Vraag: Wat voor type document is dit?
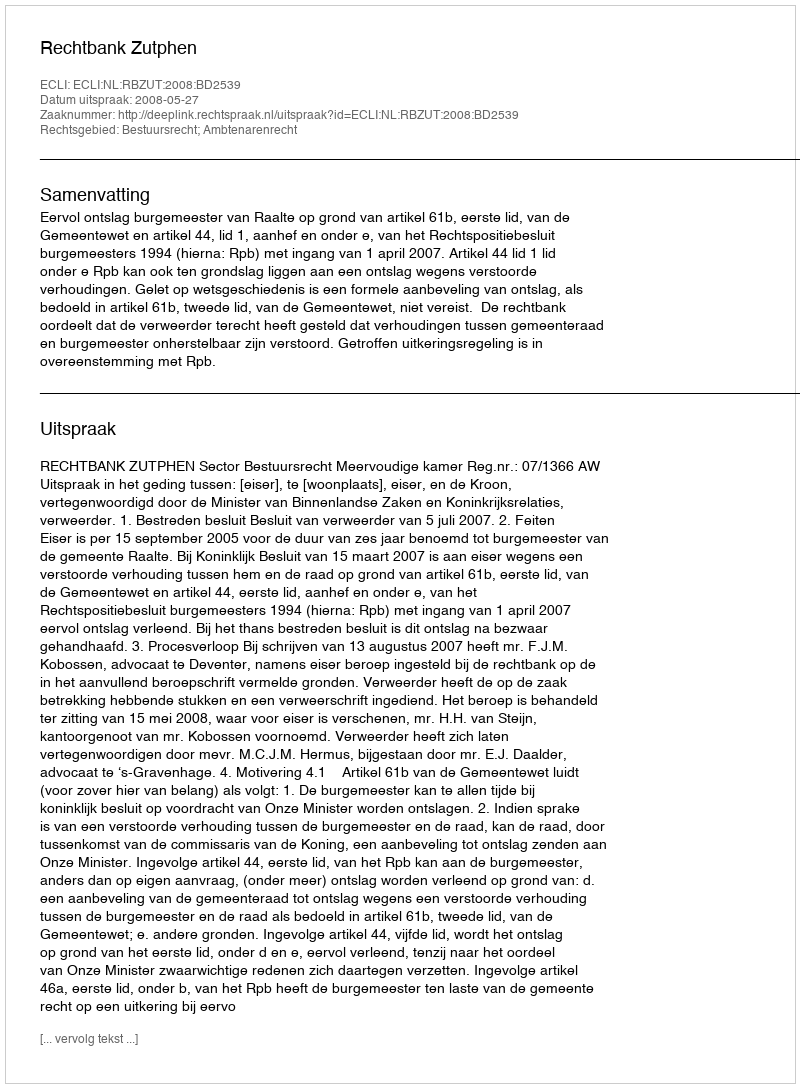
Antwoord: Uitspraak